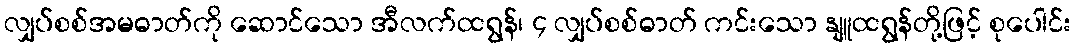
လျှပ်စစ်အမဓာတ်ကို ဆောင်သော အီလက်ထရွန်၊ ၄ လျှပ်စစ်ဓာတ် ကင်းသော နျူထရွန်တို့ဖြင့် စုပေါင်း